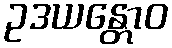
ဥဒယန္တောဝ